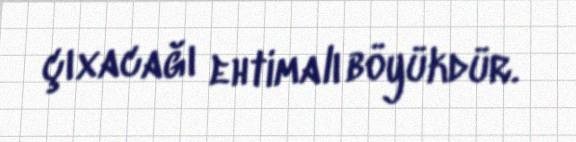
çıxacağı ehtimalı böyükdür.